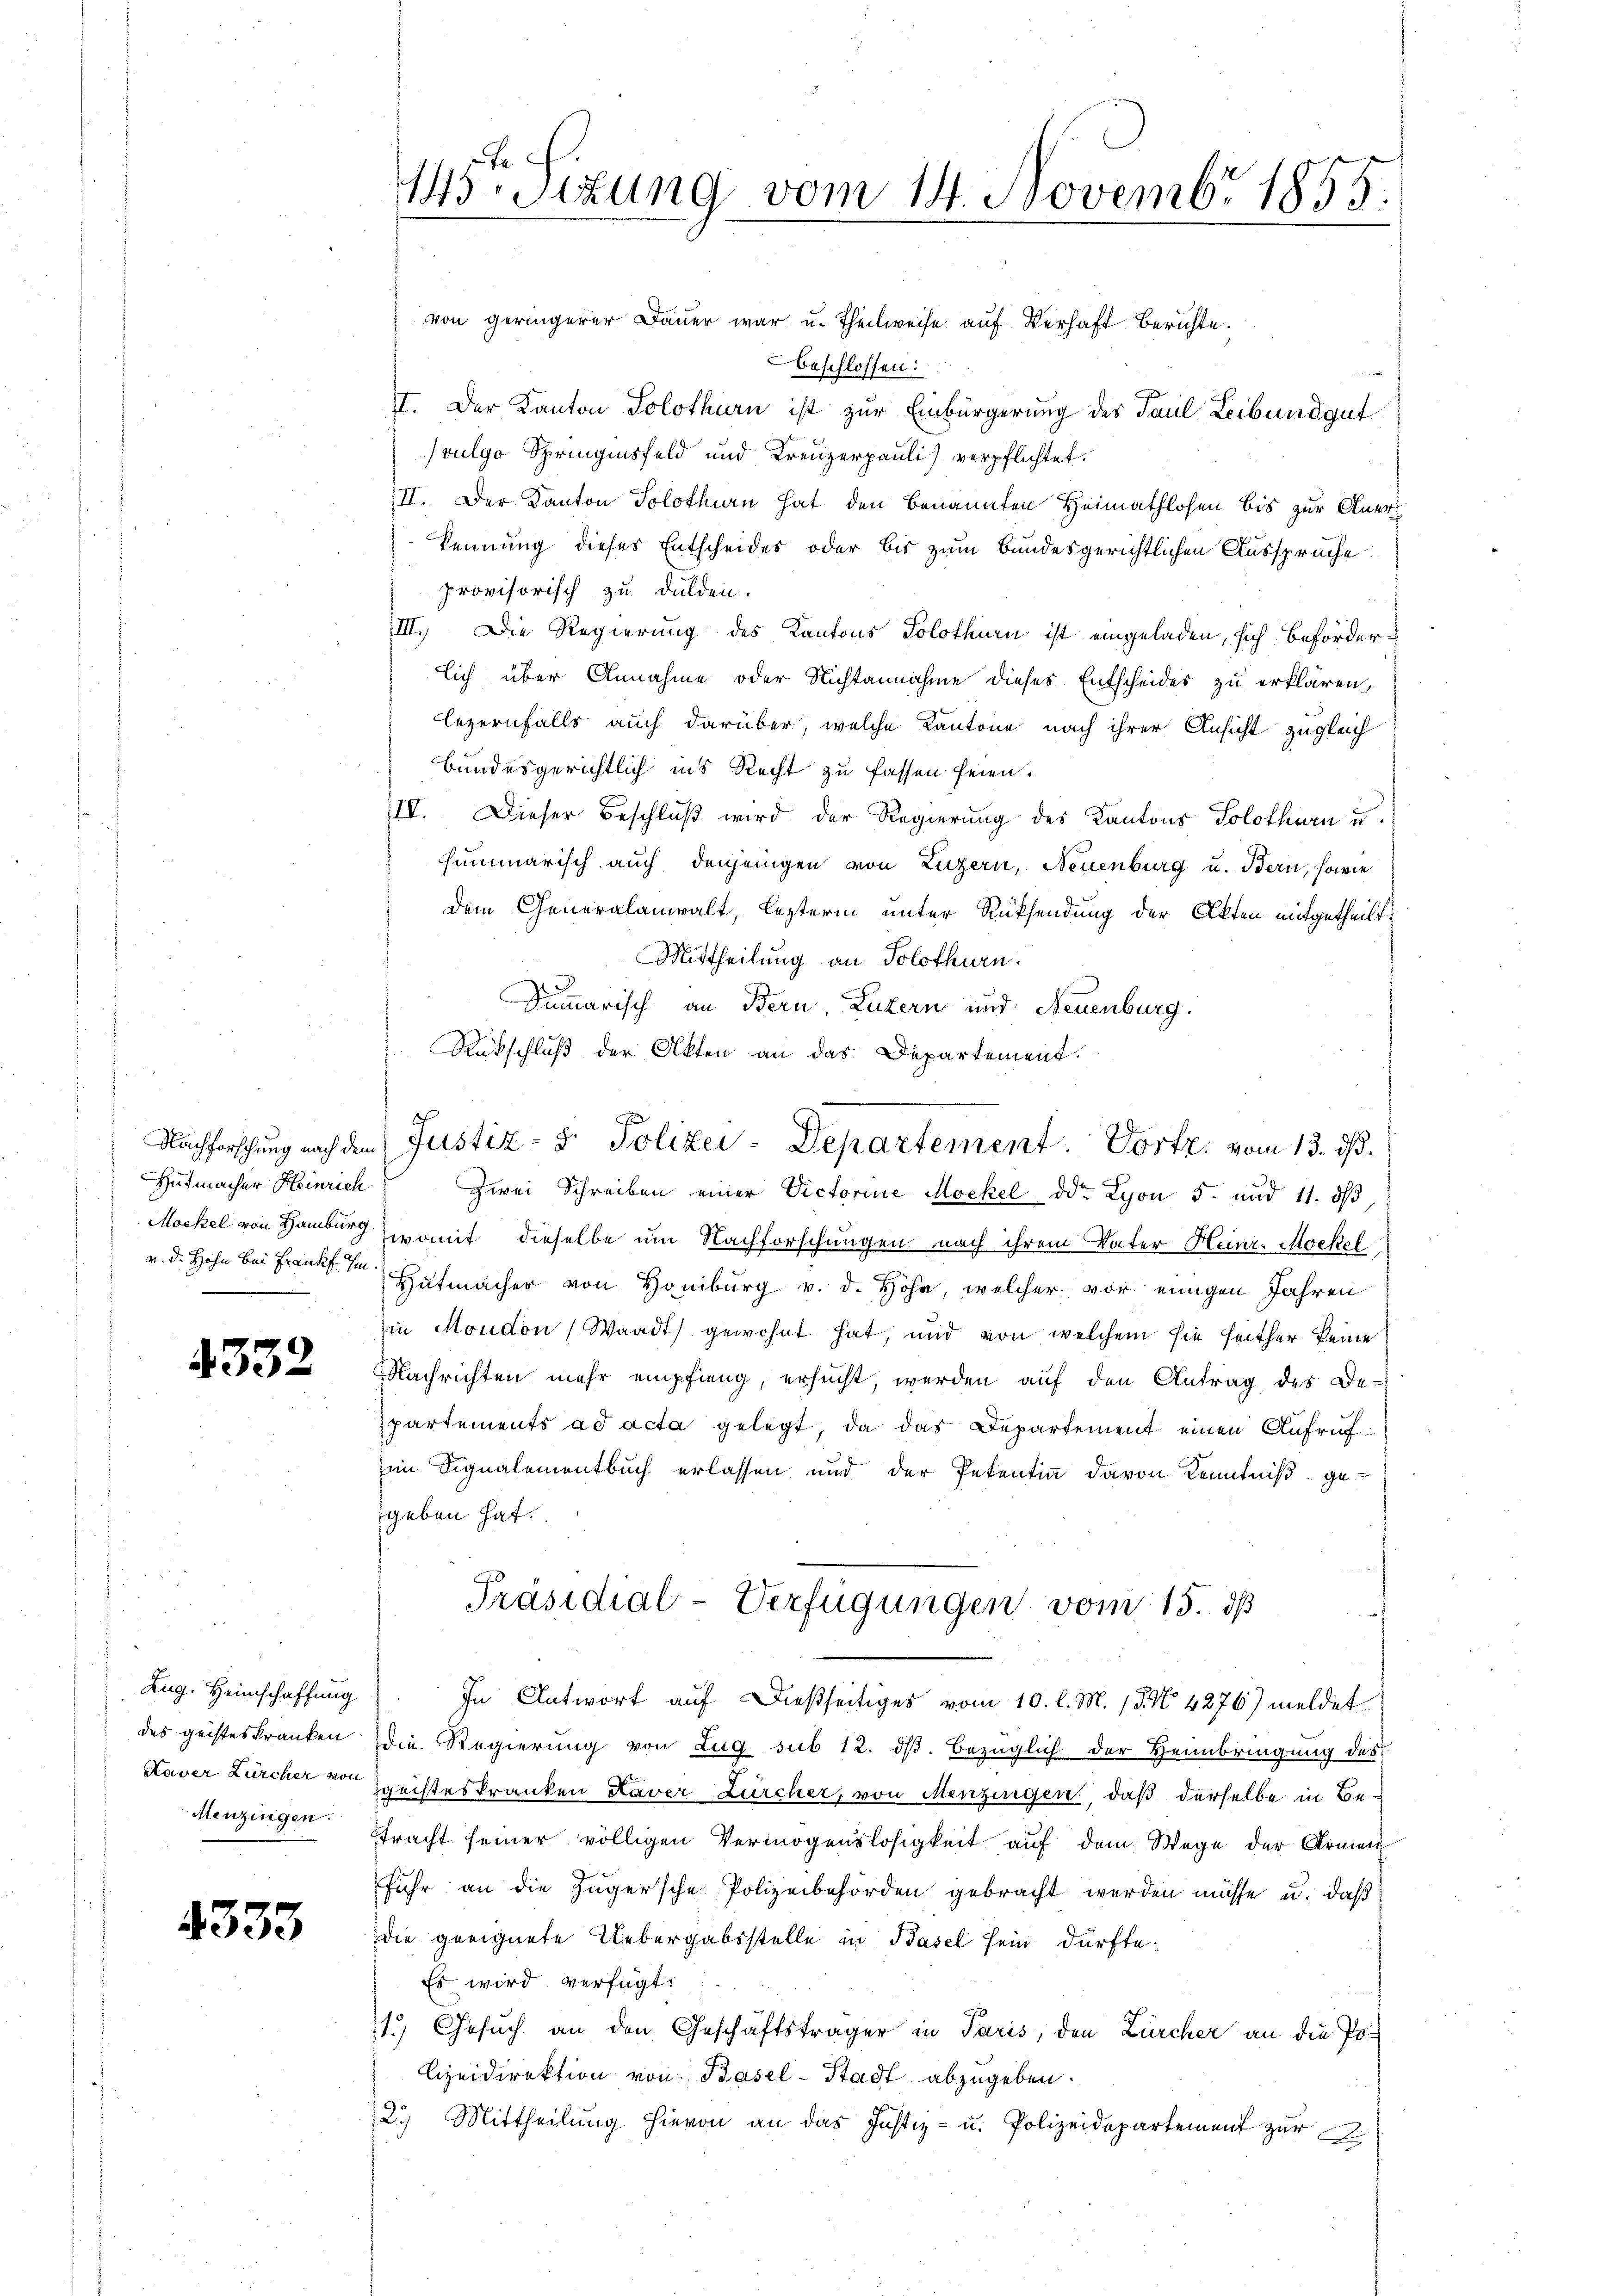
Hutmacher Heinrich

4332

Zug, Heimschaffung
Menzingen:

4333

145te Sizung vom 14. Novembr 1855.
n

von geringerer Dauer war u. Theilweise auf Verhaft Berichte.
beschlossen:
II. Der Kanton Solothurn ist zur Einbürgerung des Paul Leibundgut
vulgo Springinsfeld und Kreuzerpauli) verpflichtet.
II. Der Kanton Solothurn hat den benannten Heimathlosen bis zur Aner
kennung dieses Entscheides oder bis zum Bundesgerichtlichen Aussprüche
provisorisch zu dulden.
III. Die Regierung des Kantons Solothurn ist eingeladen, sich beförderlich über Annahme oder Nichtannahme dieses Entscheides zu erklären,
lezernfalls auch darüber, welche Kantone nach ihrer Ansicht zugleich
Bundesgerichtlich ins Recht zu fassen seien.
IV. Dieser Beschluß wird der Regierung des Kantons Solothurn u.
summarisch auch denjenigen von Luzern, Neuenburg u. Bern, sowie
dem Generalanwalt, Lezterm unter Rücksendung der Akten mitgetheilt.
Mittheilung an Solothurn.
Sum̅arisch an Bern, Luzern und Neuenburg.
Rückschluß der Akten an das Departement.
Zwei Schreiben einer Victorine Mockel der Lyon 5. und 11. ds
Mockel von Hamburg womit dieselbe um Nachforschungen nach ihrem Vater Heinr. Mockel
v. d. Hohe bei Franke Hutmacher von Homburg v. d. Höhe, welcher vor einigen Jahren
zin Moudon (Waadt) gewohnt hat, und von welchem sie seither keine
Nachrichten mehr empfieng, ersucht, werden auf den Antrag des De-
partements ad acta gelegt, da das Departement einen Aufrufim Signalementbuch erlassen und der Petentin davon Kenntniß gegeben hat.
Präsidial-Verfügungen vom 15. ds
In Antwort auf dießseitiges vom 10. l. M. 18. No. 4276) meldet
des geisteskranken die Regierung von Zug sub 12. dβ. bezüglich der Heimbringung des
Kaver Zürcher von Kreisteskranken Kaver Zürcher, von Menzingen, daß derselbe in Betracht seiner völligen Vermögenslosigkeit auf dem Wege der Armen
fuhr an die Zugersche Polizeibehörden gebracht werden müsse u. daß
die geeignete Uebergabsstelle in Basel sein dürfte.
Es wird verfügt:
1.) Gesuch an den Geschäftsträger in Paris, den Zürcher an die Po¬
Czeidirektion von Basel-Stadt abzugeben.
2. Mittheilŭng hievon an das Justiz- u. Polizeidepartement zŭr

Nachforschung nach dem Justiz- & Polizei-Departement. Dortz, vom 13. ds.